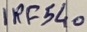
Text: IRF540